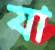
যা